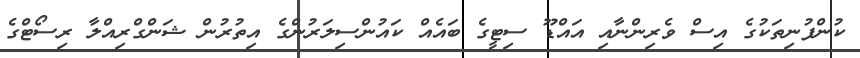
ކުންފުނިތަކުގެ އިސް ވެރިންނާއި އައްޑޫ ސިޓީގެ ބައެއް ކައުންސިލަރުންގެ އިތުރުން ޝަންގްރިއްލާ ރިސޯޓްގެ